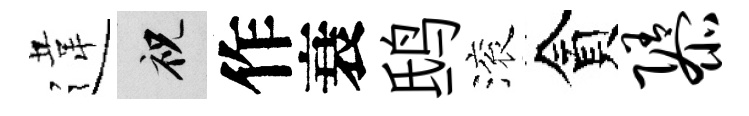
違祝作衰鸱滚貪隳